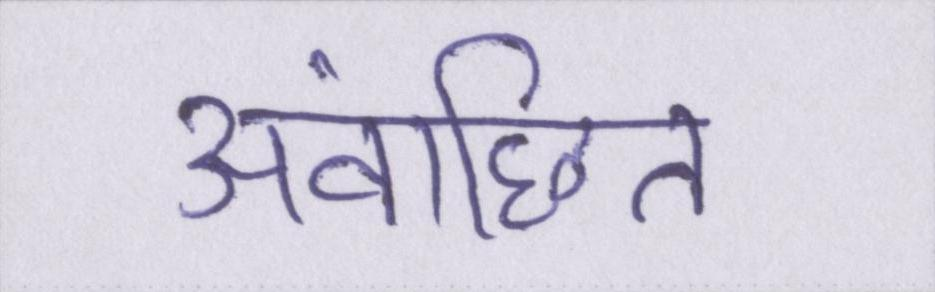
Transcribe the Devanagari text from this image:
अवांछित